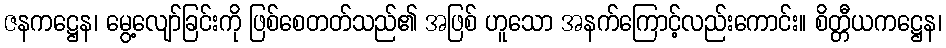
ဇနကဋ္ဌေန၊ မွေ့လျော်ခြင်းကို ဖြစ်စေတတ်သည်၏ အဖြစ် ဟူသော အနက်ကြောင့်လည်းကောင်း။ စိတ္တီယကဋ္ဌေန၊